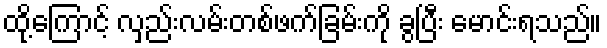
ထို့ကြောင့် လှည်းလမ်းတစ်ဖက်ခြမ်းကို ခွပြီး မောင်းရသည်။